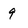
Character: 9